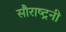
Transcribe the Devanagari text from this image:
सौराष्ट्रनी